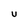
Character: U